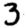
Digit: 3